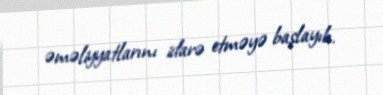
əməliyyatlarını idarə etməyə başlayıb.